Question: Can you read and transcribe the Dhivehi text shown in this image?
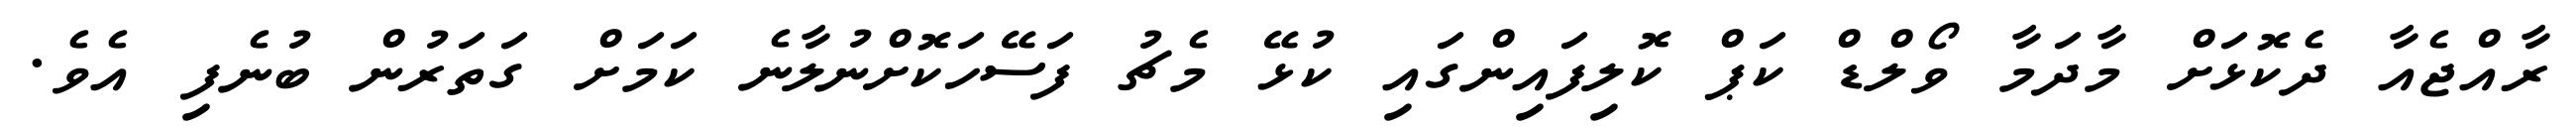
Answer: ރާއްޖެއާ ދެކޮޅަށް މާދަމާ ވޯލްޑް ކަޕް ކޮލިފައިންގައި ކުޅޭ މެޗު ފަސޭހަކޮށްނުލާނެ ކަމަށް ގަތަރުން ބުނެފި އެވެ.